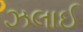
ઝલાઈ